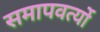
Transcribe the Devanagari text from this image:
समापवर्त्यो